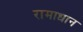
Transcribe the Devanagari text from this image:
रामाधान